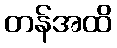
တန်အထိ